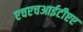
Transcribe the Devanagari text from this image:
एचएचआईटीएए